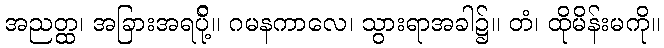
အညတ္ထ၊ အခြားအရပ်ို့။ ဂမနကာလေ၊ သွားရာအခါ၌။ တံ၊ ထိုမိန်းမကို။